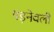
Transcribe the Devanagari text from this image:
पड़नेवली